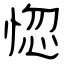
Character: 惚